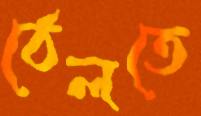
ঠেলতে